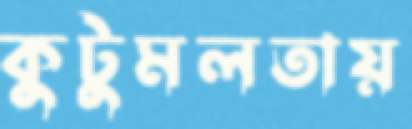
কুটুমলতায়